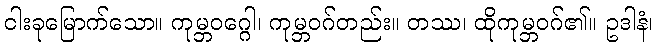
ငါးခုမြောက်သော။ ကုမ္ဘဝဂ္ဂေါ၊ ကုမ္ဘဝဂ်တည်း။ တဿ၊ ထိုကုမ္ဘဝဂ်၏။ ဥဒါနံ၊